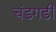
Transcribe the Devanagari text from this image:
चंडगडी